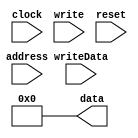
module ZeroRegister (
   input         clock, write, reset,
   input [3:0]   address,
   input [15:0]  writeData,
   output [15:0] data);

   reg [15:0]    out = 16'b0;

   always @ (posedge clock) begin
      out = 16'b0;
   end

   assign data = out;
endmodule